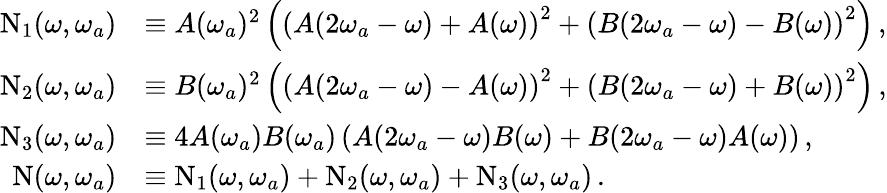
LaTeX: \begin{array}{rl}{\mathrm{N}_{1}(\omega,\omega_{a})}&{\equiv A(\omega_{a})^{2}\left(\left(A(2\omega_{a}-\omega)+A(\omega)\right)^{2}+\left(B(2\omega_{a}-\omega)-B(\omega)\right)^{2}\right)\, ,}\\ {\mathrm{N}_{2}(\omega,\omega_{a})}&{\equiv B(\omega_{a})^{2}\left(\left(A(2\omega_{a}-\omega)-A(\omega)\right)^{2}+\left(B(2\omega_{a}-\omega)+B(\omega)\right)^{2}\right)\, ,}\\ {\mathrm{N}_{3}(\omega,\omega_{a})}&{\equiv 4A(\omega_{a})B(\omega_{a})\left(A(2\omega_{a}-\omega)B(\omega)+B(2\omega_{a}-\omega)A(\omega)\right)\, ,}\\ {\mathrm{N}(\omega,\omega_{a})}&{\equiv\mathrm{N}_{1}(\omega,\omega_{a})+\mathrm{N}_{2}(\omega,\omega_{a})+\mathrm{N}_{3}(\omega,\omega_{a})\, .}\end{array}